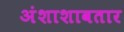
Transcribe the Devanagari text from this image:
अंशाशावतार